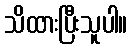
သိထားပြီးသူပါ။